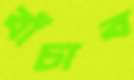
বাঁচাব